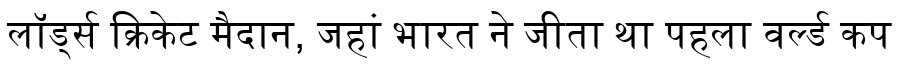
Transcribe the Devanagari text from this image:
लॉर्ड्स क्रिकेट मैदान, जहां भारत ने जीता था पहला वर्ल्ड कप